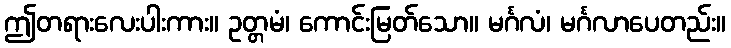
ဤတရားလေးပါးကား။ ဥတ္တမံ၊ ကောင်းမြတ်သော။ မင်္ဂလံ၊ မင်္ဂလာပေတည်း။